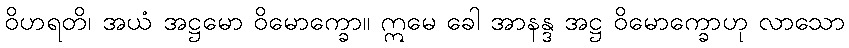
ဝိဟရတိ၊ အယံ အဋ္ဌမော ဝိမောက္ခော။ ဣမေ ခေါ အာနန္ဒ အဋ္ဌ ဝိမောက္ခောဟု လာသော